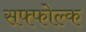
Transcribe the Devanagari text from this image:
सफ्फोल्क